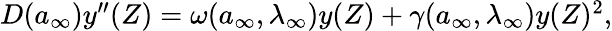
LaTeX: \begin{array}{r}{D({a}_{\infty})y^{\prime\prime}(Z)=\omega({a}_{\infty},\lambda_{\infty})y(Z)+\gamma({a}_{\infty},\lambda_{\infty})y(Z)^{2},}\end{array}